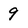
Character: 9